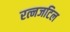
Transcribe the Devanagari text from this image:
रत्नजटिल